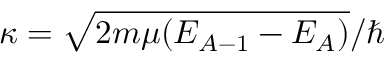
\kappa = \sqrt { 2 m \mu ( E _ { A - 1 } - E _ { A } ) } / \hbar